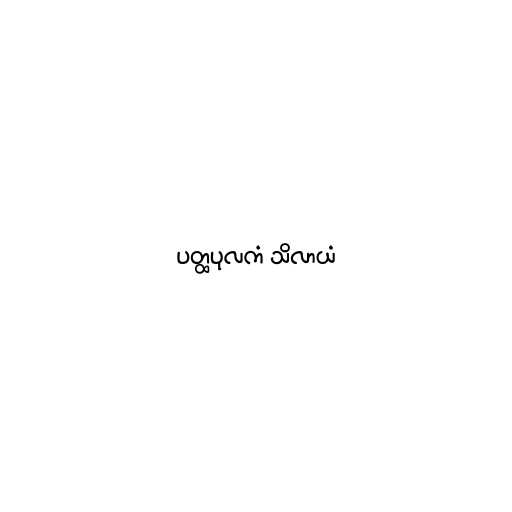
ပတ္ထပုလကံ သိလာယံ